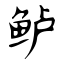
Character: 鲈